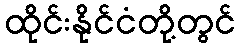
ထိုင်းနိုင်ငံတို့တွင်